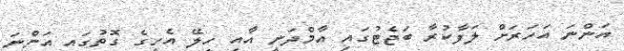
އަންނަ އަހަރަށް ލަފާކުރާ ބަޖެޓުގައި އާމްދަނީ އާއި ހިލޭ އެހީގެ ގޮތުގައި އަންނަ